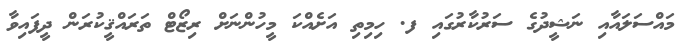
މައްސަލައާއި ނަޝީދުގެ ސަރުކާރުގައި ފ. ހިމިތި އަށެއްކަ މީހުންނަށް ރިޒޯޓް ތަރައްޤީކުރަން ދީފައިވާ